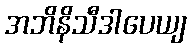
အဘိနိသီဒါပေယျ